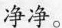
净净。